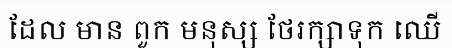
ដែល មាន ពួក មនុស្ស ថែរក្សាទុក ឈើ